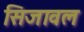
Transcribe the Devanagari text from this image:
सिजावल